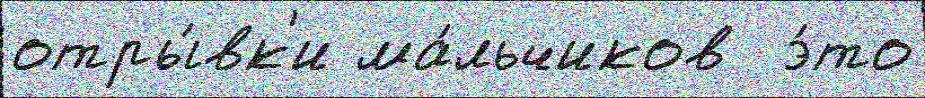
отры́вк'и ма́льчиков  э́то